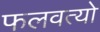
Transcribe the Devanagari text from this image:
फलवत्यो